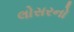
લોસરનો